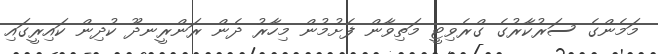
މަމެންގެ ސަރުކާރުގެ ގްރެވިޓީ މަތިވާން ފެށުމުން މިހާރު ދެން ރަންރީނދޫ ކުދިން ކައިރީގައި